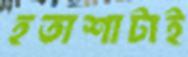
হতাশাটাই